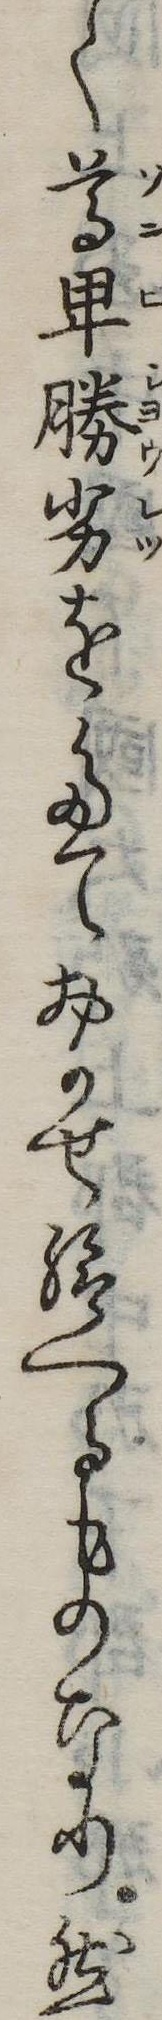
く尊卑勝劣をたておかせ給へるものなり然